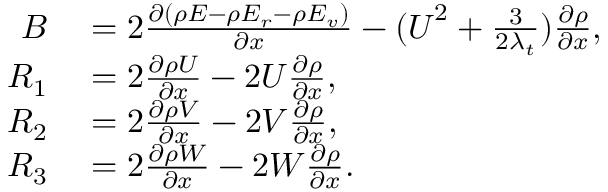
\begin{array} { r } { \begin{array} { r l } { B } & { { } = 2 \frac { \partial ( \rho E - \rho E _ { r } - \rho E _ { v } ) } { \partial x } - ( \boldsymbol { U } ^ { 2 } + \frac { 3 } { 2 \lambda _ { t } } ) \frac { \partial \rho } { \partial x } , } \\ { R _ { 1 } } & { { } = 2 \frac { \partial \rho U } { \partial x } - 2 U \frac { \partial \rho } { \partial x } , } \\ { R _ { 2 } } & { { } = 2 \frac { \partial \rho V } { \partial x } - 2 V \frac { \partial \rho } { \partial x } , } \\ { R _ { 3 } } & { { } = 2 \frac { \partial \rho W } { \partial x } - 2 W \frac { \partial \rho } { \partial x } . } \end{array} } \end{array}